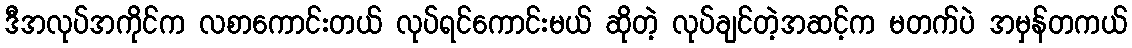
ဒီအလုပ်အကိုင်က လစာကောင်းတယ် လုပ်ရင်ကောင်းမယ် ဆိုတဲ့ လုပ်ချင်တဲ့အဆင့်က မတက်ပဲ အမှန်တကယ်